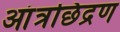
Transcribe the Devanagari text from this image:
आंत्रछिद्रण